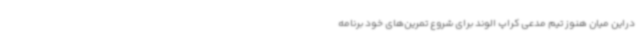
دراین میان هنوز تیم مدعی کراپ الوند برای شروع تمرین‌های خود برنامه